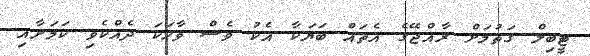
ޓީބިލް ގަތުމަށް ރާއްޖޭގެ އެތައް ބަޔަކާ އެކު ވެސް ވާހަކަ ދެއްކެވި ކަމަށާއި